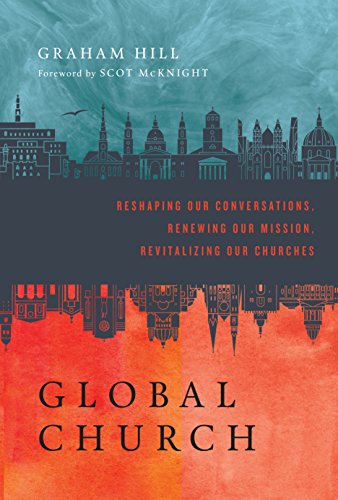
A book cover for GlobalChurch: Reshaping Our Conversations, Renewing Our Mission, Revitalizing Our Churches; Graham Hill; Christian Books & Bibles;